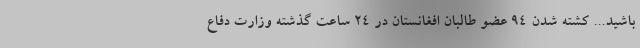
باشید... کشته شدن ۹۴ عضو طالبان افغانستان در ۲۴ ساعت گذشته وزارت دفاع